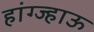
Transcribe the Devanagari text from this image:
हांग्ज्हाऊ